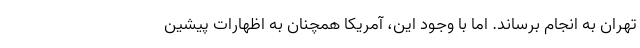
تهران به انجام برساند. اما با وجود این، آمریکا همچنان به اظهارات پیشین